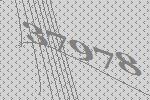
37978